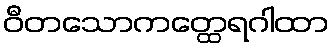
ဝီတသောကတ္ထေရဂါထာ